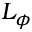
L _ { \phi }